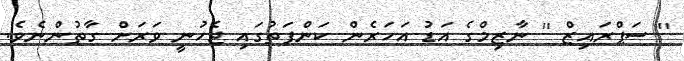
'' ސަޕްރައިޒް '' ނާޒިމްގެ އަޑު އަހަރެން ކަންފަތުގައި ޖެހުނީ ވަރަށް ގާތުންނެވެ.